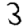
Digit: 3